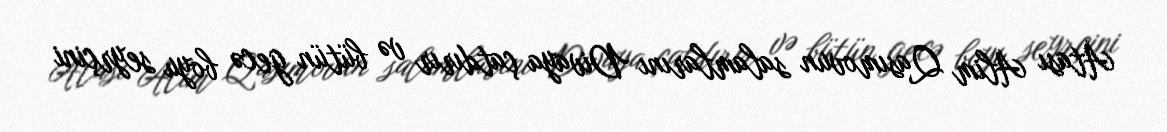
Atası Alim Qasımovun salamlarını Divaya çatdırır və bütün gecə boyu seyrçini